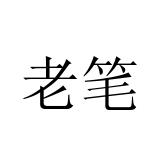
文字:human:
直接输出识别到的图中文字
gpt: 老笔